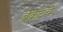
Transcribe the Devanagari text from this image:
ब्रेकेटचे